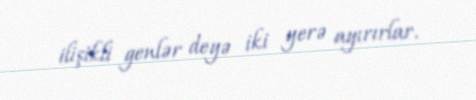
ilişikli genlər deyə iki yerə ayırırlar.